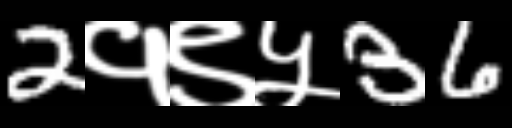
Text: 2१९५36